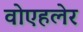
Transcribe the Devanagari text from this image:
वोएहलेर